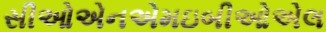
સીઓએનએમઇબીઓએલ